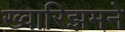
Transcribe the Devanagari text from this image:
ख्वारिझमने